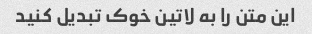
این متن را به لاتین خوک تبدیل کنید